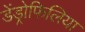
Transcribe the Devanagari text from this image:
डेंड्रोफिलिया